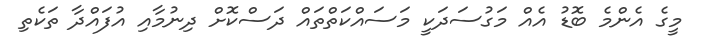
މީގެ އެންމެ ބޮޑު އެއް މަގުސަދަކީ މަސައްކަތްތައް ދަސްކޮށް ދިނުމާއި އުފައްދާ ތަކެތި